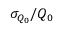
{ \sigma _ { Q _ { 0 } } } / { Q _ { 0 } }